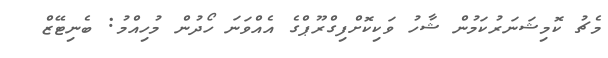
މެޗު ކޮމިޝަނަރުކަމުން ޝާހު ވަކިކޮށްފިގްރޫޕްގެ އެއްވަނަ ހޯދުން މުހިއްމު: ބެނިޓޭޒް